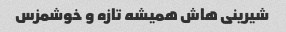
شیرینی هاش همیشه تازه و خوشمزس